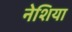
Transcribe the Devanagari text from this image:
नेशिया